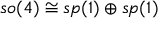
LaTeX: { \mathfrak { s o } } ( 4 ) \cong { \mathfrak { s p } } ( 1 ) \oplus { \mathfrak { s p } } ( 1 )